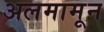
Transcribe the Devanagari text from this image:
अलमामून